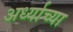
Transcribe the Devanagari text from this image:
अर्ध्याच्या